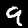
Label: 9